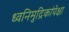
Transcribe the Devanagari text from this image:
ध्वनिमुद्रिकांपेक्षा